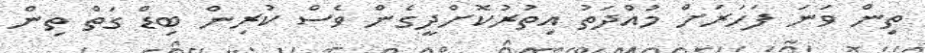
ތިން ވަނަ ފަހަރަށް މުއްދަތު އިތުރުކޮށްދީގެން ވެސް ކުރިން ބިޑް ގަތް ތިން